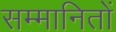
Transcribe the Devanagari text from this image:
सम्मानितों